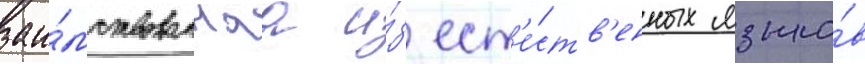
заи́мствованнаа и́з ест'е́ств'енных языко́в